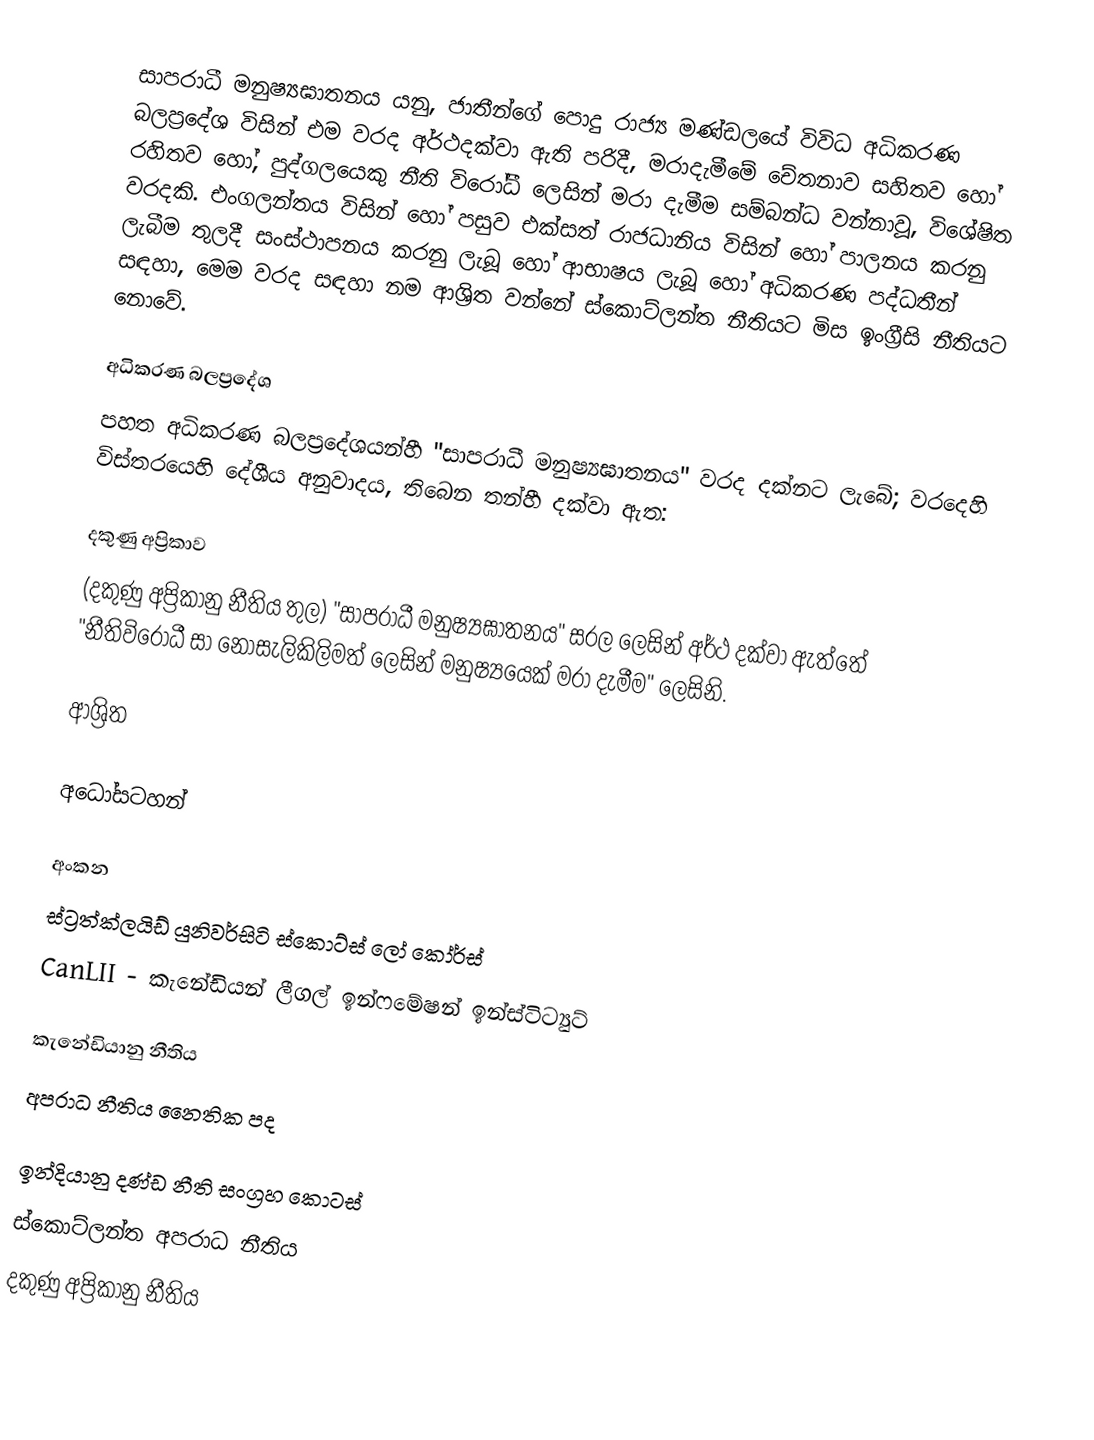
සාපරාධී මනුෂ්‍යඝාතනය යනු,  ජාතීන්ගේ පොදු රාජ්‍ය මණ්ඩලයේ විවිධ අධිකරණ බලප්‍රදේශ විසින් එම වරද අර්ථදක්වා ඇති පරිදී, මරාදැමීමේ චේතනාව සහිතව හෝ රහිතව හෝ, පුද්ගලයෙකු නීති විරෝධී ලෙසින් මරා දැමීම සම්බන්ධ වන්නාවූ,   විශේෂිත වරදකි. එංගලන්තය විසින් හෝ පසුව එක්සත් රාජධානිය විසින් හෝ පාලනය කරනු ලැබීම තුලදී සංස්ථාපනය කරනු ලැබූ හෝ ආභාෂය ලැබූ හෝ අධිකරණ පද්ධතීන් සඳහා, මෙම වරද සඳහා නම ආශ්‍රිත වන්නේ  ස්කොට්ලන්ත නීතියට මිස ඉංග්‍රීසි නීතියට නොවේ.

අධිකරණ බලප්‍රදේශ
පහත අධිකරණ බලප්‍රදේශයන්හී "සාපරාධී මනුෂ්‍යඝාතනය" වරද දක්නට ලැබේ; වරදෙහි විස්තරයෙහි දේශීය අනුවාදය, තිබෙන තන්හී දක්වා ඇත:

දකුණු අප්‍රිකාව
(දකුණු අප්‍රිකානු නීතිය තුල)  "සාපරාධී මනුෂ්‍යඝාතනය" සරල ලෙසින් අර්ථ දක්වා ඇත්තේ "නීතිවිරෝධී සා නොසැලිකිලිමත් ලෙසින් මනුෂ්‍යයෙක් මරා දැමීම" ලෙසිනි.

ආශ්‍රිත

අධෝසටහන්

අංකන
 ස්ට්‍රත්ක්ලයිඩ් යුනිවර්සිටි ස්කොට්ස් ලෝ කෝර්ස්
 CanLII - කැනේඩියන් ලීගල් ඉන්ෆමේෂන් ඉන්ස්ටිට්‍යුට්

කැනේඩියානු නීතිය
අපරාධ නීතිය නෛතික පද

ඉන්දියානු දණ්ඩ නීති සංග්‍රහ කොටස්
ස්කොට්ලන්ත අපරාධ නීතිය
දකුණු අප්‍රිකානු නීතිය